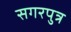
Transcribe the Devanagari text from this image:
सगरपुत्र